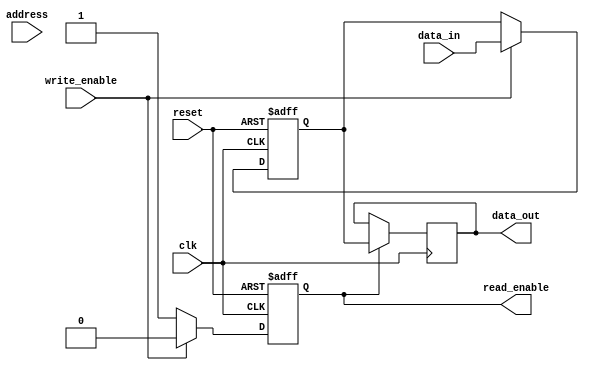
module memory_controller (
    input wire clk,
    input wire reset,
    input wire [31:0] address,
    input wire write_enable,
    input wire [31:0] data_in,
    output reg [31:0] data_out,
    output reg read_enable
);

// Address decoding block
reg [7:0] physical_address;

always @(posedge clk or posedge reset) begin
    if (reset) begin
        physical_address <= 8'h00;
    end else begin
        case (address[7:0])
            8'h00: physical_address <= 8'h00; // Example decoding logic
            // Add more decoding cases as needed
            default: physical_address <= 8'hFF; // Default case
        endcase
    end
end

// Data buffering block
reg [31:0] data_buffer;

always @(posedge clk or posedge reset) begin
    if (reset) begin
        data_buffer <= 32'h00000000;
    end else begin
        if (write_enable) begin
            data_buffer <= data_in;
        end
    end
end

// Control logic block
reg read_enable;

always @(posedge clk or posedge reset) begin
    if (reset) begin
        read_enable <= 1'b0;
    end else begin
        if (write_enable) begin
            read_enable <= 1'b0;
        end else begin
            read_enable <= 1'b1;
        end
    end
end

// Memory access and data transfer logic
always @(posedge clk) begin
    if (read_enable) begin
        // Read operation from memory module using physical_address
        data_out <= data_buffer;
    end
end

endmodule